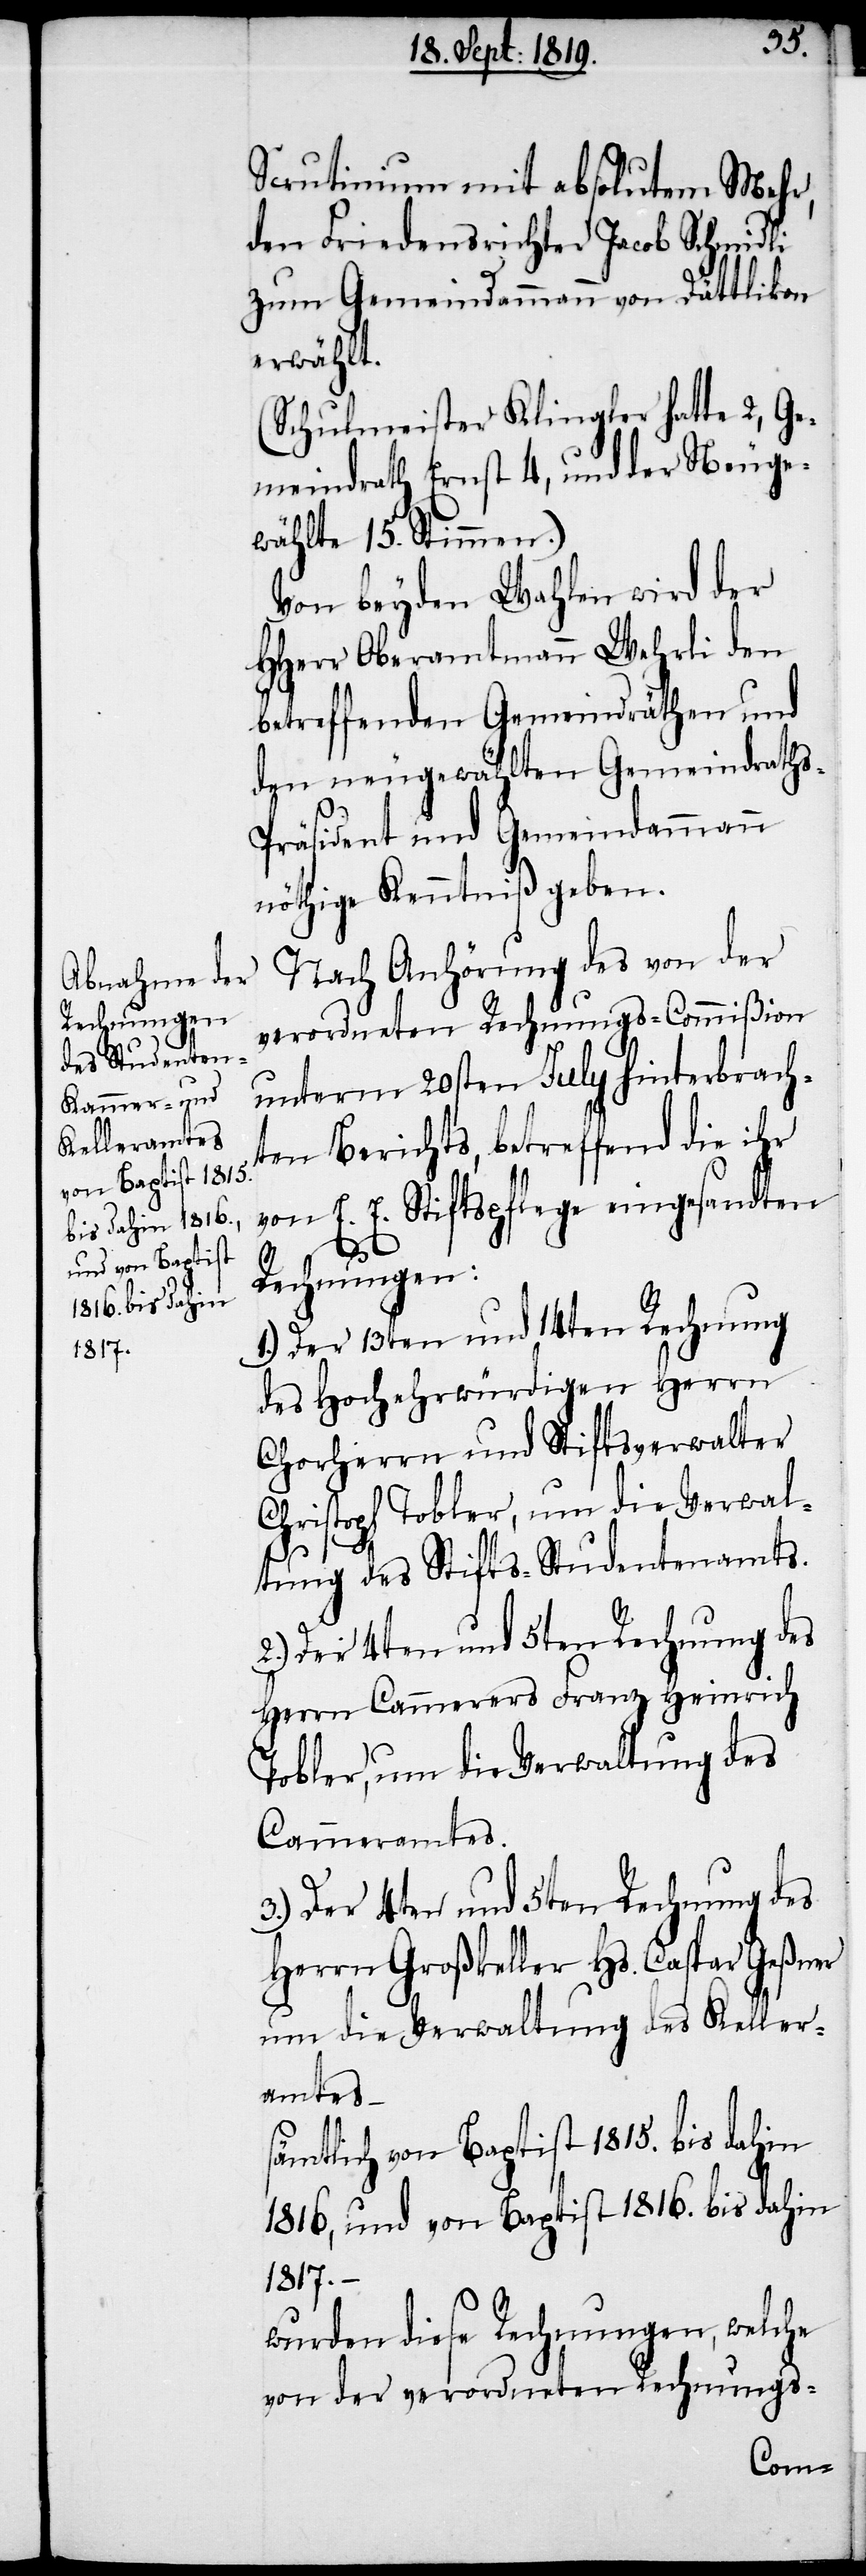
Scrutinum mit absolutem Mehr,
den Fiedensrichter Jacob Schmidli
zum Gemeindammann von Dättlikon
erwählt.
(Schulmeister Klingler hatte 2, Ge¬
meindrath Ernst 4, und der Neuge¬
wählte 15. Stimmen.)
Von beyden Wahlen wird der
HHerr Oberamtmann Wehrli den
betreffenden Gemeindräthen und
den neugewählten Gemeindrath¬
s-Präsident und Gemeindammann
nöthige Kenntniß gegeben.
Nach Anhörung des von der
verordneten Rechnungs-Commißion
unterm 20sten July hinterbrach¬
ten Berichts, betreffend die ihr
von E. E. Stiftspflege eingesandten
Rechnungen:
1.) Der 13ten und 14ten Rechnung
des Hochehrwürdigen Herrn
Chorherrn und Stiftsverwalter
Christoph Tobler, um die Verwal¬
tung des Stifts-Studentenamts.
Herrn Cammerers Franz Heinrich
Tobler, um die Verwaltung des
Cammeramtes.
3.) Der 4ten und 5ten Rechnung des
Herrn Großkeller Hs. Caspar Geßner
um die Verwaltung des Keller¬
amtes –
sämtlich von Baptist 1815. bis dahin
1816, und von Baptist 1816. bis dahin
1817.
wurden diese Rechnugen, welche
von der verordneten Rechnungs-